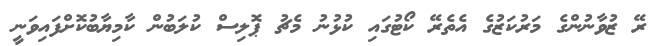
ރޭ ޒުވާނުންގެ މަރުކަޒުގެ އެތެރޭ ކޯޓުގައި ކުޅުނު މެޗު ޕޮލިސް ކުލަބުން ކާމިޔާބުކޮށްފައިވަނީ